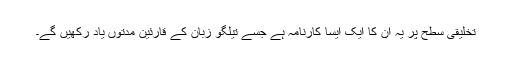
تخلیقی سطح پر یہ اُن کا ایک ایسا کارنامہ ہے جسے تیلگو زبان کے قارئین مدتوں یاد رکھیں گے۔